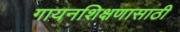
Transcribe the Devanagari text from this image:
गायनशिक्षणासाठी